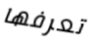
تعرفها